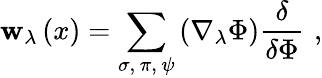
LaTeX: \mathbf{w}_{\lambda}\left(x\right)=\sum_{\sigma,\, \pi,\, \psi}\left(\nabla_{\lambda}\Phi\right)\frac{\delta}{{\delta\Phi}}\, \, ,